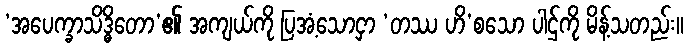
‘အပေက္ခာသိဒ္ဓိတော’၏ အကျယ်ကို ပြအံ့သောငှာ ‘တဿ ဟိ’စသော ပါဌ်ကို မိန့်သတည်း။